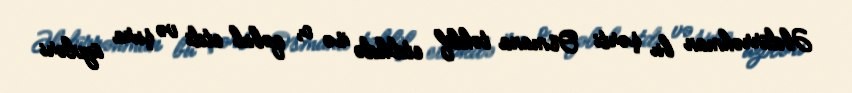
Əbdürrəhman bu şərti Osmana təklif etdikdə isə o, qəbul etdi və şura üzvləri